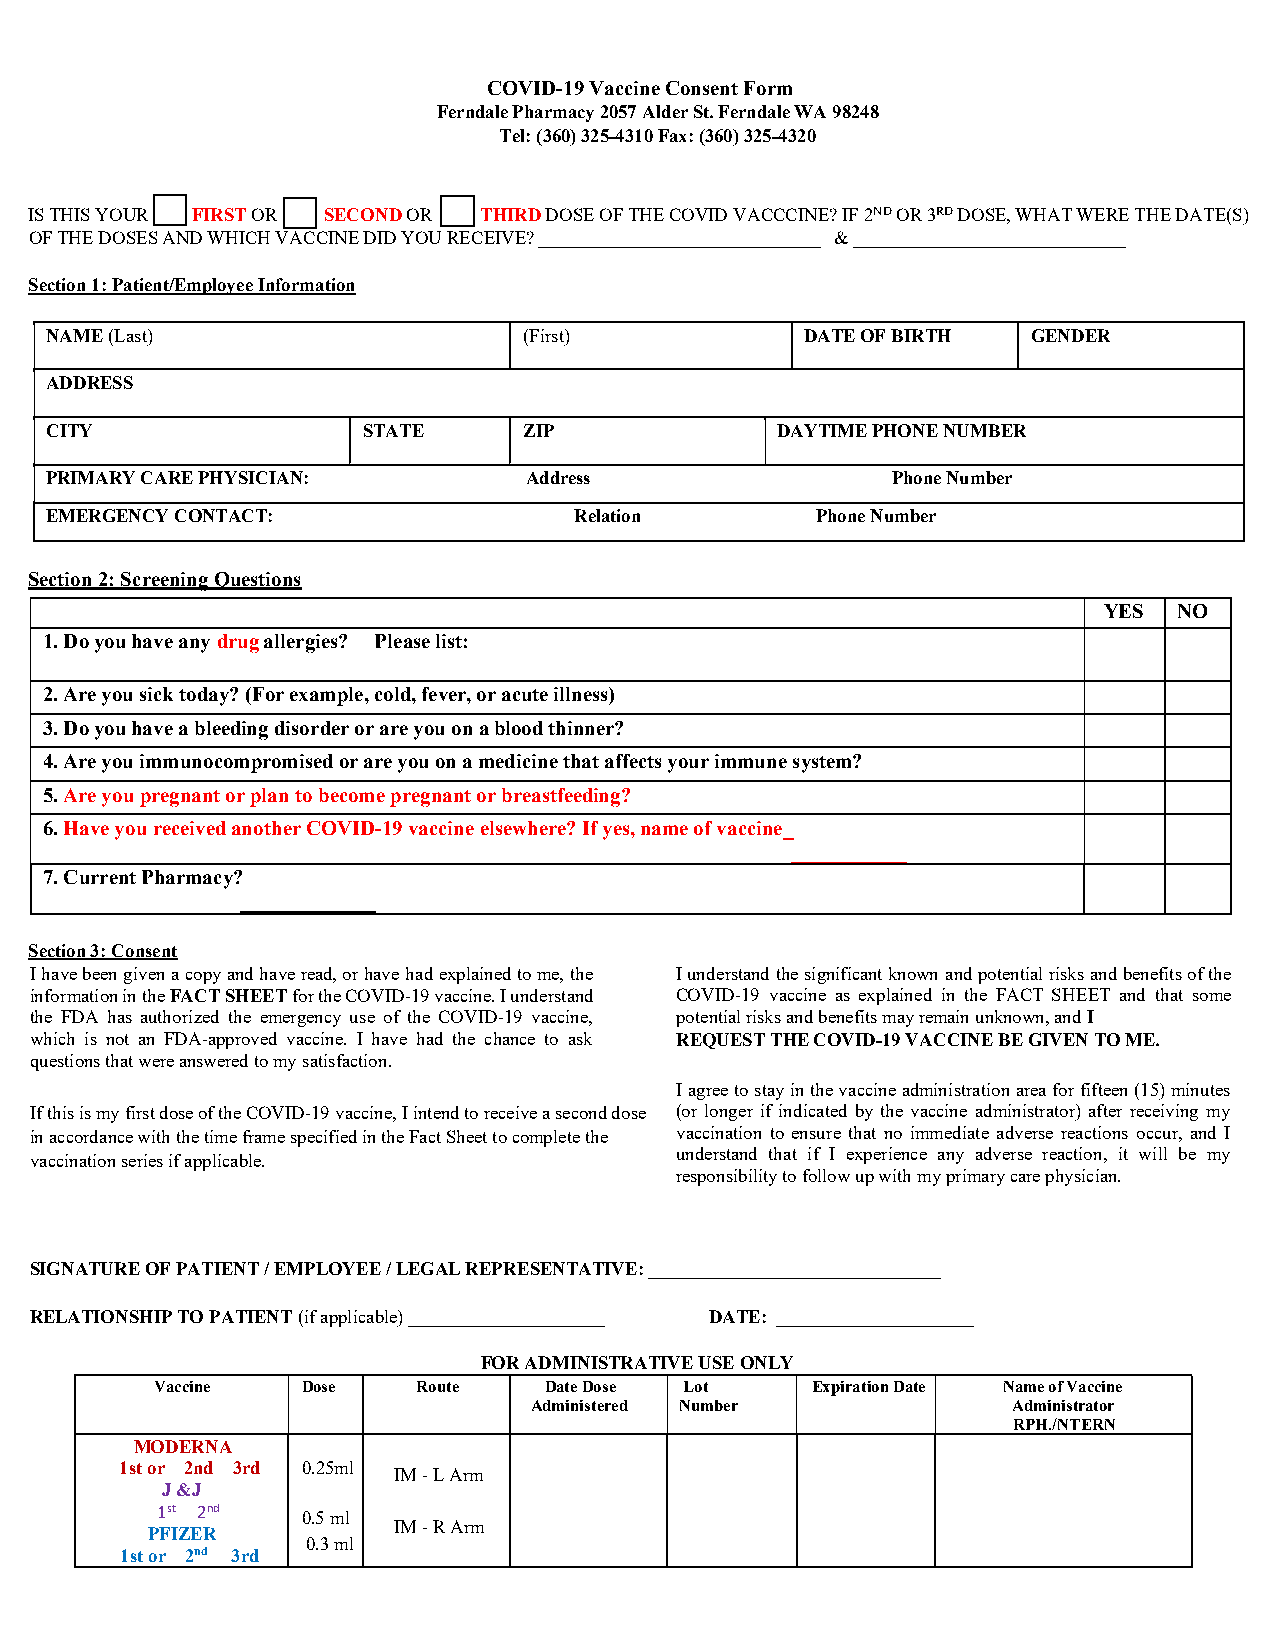
COVID-19 Vaccine Consent Form
 Ferndale Pharmacy 2057 Alder St. Ferndale WA 98248
 Tel: (360) 325-4310 Fax: (360) 325-4320
 IS THIS YOUR FIRST OR SECOND OR THIRD DOSE OF THE COVID VACCCINE? IF 2ND OR 3RD DOSE, WHAT WERE THE DATE(S)
 OF THE DOSES AND WHICH VACCINE DID YOU RECEIVE? ______________________________ & _____________________________
 Section 1: Patient/Employee Information
 NAME (Last)                     (First)           DATE OF BIRTH  GENDER
 ADDRESS
 CITY                 STATE      ZIP             DAYTIME PHONE NUMBER
 PRIMARY CARE PHYSICIAN:         Address                 Phone Number
 EMERGENCY CONTACT:                 Relation        Phone Number
 Section 2: Screening Questions
 YES  NO
 1. Do you have any drug allergies? Please list:
 2. Are you sick today? (For example, cold, fever, or acute illness)
 3. Do you have a bleeding disorder or are you on a blood thinner?
 4. Are you immunocompromised or are you on a medicine that affects your immune system?
 5. Are you pregnant or plan to become pregnant or breastfeeding?
 6. Have you received another COVID-19 vaccine elsewhere? If yes, name of vaccine_
 ___________
 7. Current Pharmacy?
 _____________
 Section 3: Consent
 I have been given a copy and have read, or have had explained to me, the I understand the significant known and potential risks and benefits of the
 information in the FACT SHEET for the COVID-19 vaccine. I understand COVID-19 vaccine as explained in the FACT SHEET and that some
 the FDA has authorized the emergency use of the COVID-19 vaccine, potential risks and benefits may remain unknown, and I
 which is not an FDA-approved vaccine. I have had the chance to ask REQUEST THE COVID-19 VACCINE BE GIVEN TO ME.
 questions that were answered to my satisfaction.
 I agree to stay in the vaccine administration area for fifteen (15) minutes
 If this is my first dose of the COVID-19 vaccine, I intend to receive a second dose (or longer if indicated by the vaccine administrator) after receiving my
 in accordance with the time frame specified in the Fact Sheet to complete the vaccination to ensure that no immediate adverse reactions occur, and I
 understand that if I experience any adverse reaction, it will be my
 vaccination series if applicable.
 responsibility to follow up with my primary care physician.
 SIGNATURE OF PATIENT / EMPLOYEE / LEGAL REPRESENTATIVE: _______________________________
 RELATIONSHIP TO PATIENT (if applicable) _____________________ DATE: _____________________
 FOR ADMINISTRATIVE USE ONLY
 Vaccine   Dose    Route   Date Dose Lot     Expiration Date Name of Vaccine
 Administered Number             Administrator
 RPH./NTERN
 MODERNA
 1st or 2nd 3rd 0.25ml
 IM - L Arm
 J &J
 1st 2nd   0.5 ml
 IM - R Arm
 PFIZER
 0.3 ml
 1st or 2nd 3rd